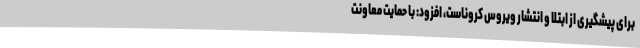
برای پیشگیری از ابتلا و انتشار ویروس کروناست، افزود: با حمایت معاونت